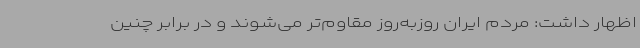
اظهار داشت: مردم ایران روزبه‌روز مقاوم‌تر می‌شوند و در برابر چنین